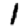
Digit: 1